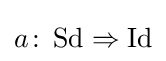
a\colon \operatorname {Sd} \Rightarrow \operatorname {Id}